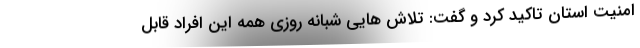
امنیت استان تاکید کرد و گفت: تلاش هایی شبانه روزی همه این افراد قابل